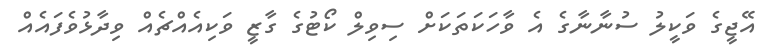
އޭޖީގެ ވަކީލު ސުނާނާގެ އެ ވާހަކަތަކަށް ސިވިލް ކޯޓުގެ ގާޒީ ވަކިއެއްޗެއް ވިދާޅުވެފައެއް